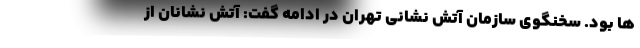
ها بود. سخنگوی سازمان آتش نشانی تهران در ادامه گفت: آتش نشانان از